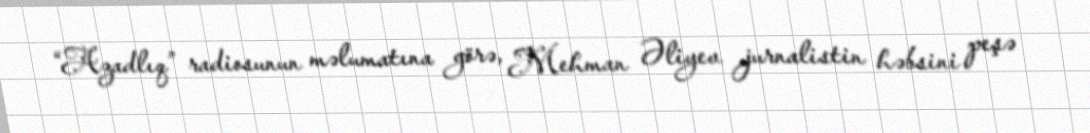
“Azadlıq” radiosunun məlumatına görə, Mehman Əliyev jurnalistin həbsini peşə